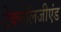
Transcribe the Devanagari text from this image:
टेक्नॉलजीएंड